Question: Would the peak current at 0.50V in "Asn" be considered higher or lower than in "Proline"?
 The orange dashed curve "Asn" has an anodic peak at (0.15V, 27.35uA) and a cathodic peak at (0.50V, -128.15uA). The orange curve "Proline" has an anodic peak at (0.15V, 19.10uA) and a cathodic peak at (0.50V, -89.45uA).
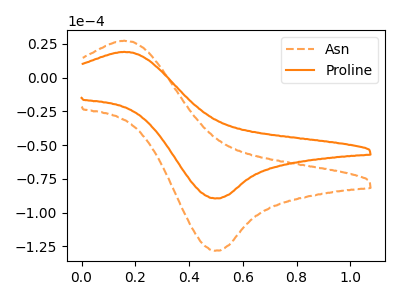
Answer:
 <answer>The peak at 0.50V is higher in "Asn" than in "Proline".</answer>
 <eval>higher</eval>